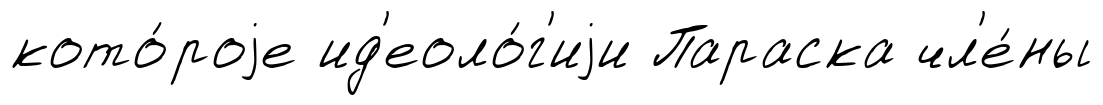
кото́роjе ид'еоло́г'иjи Параска чл'е́ны